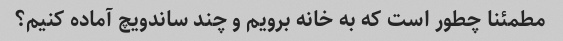
مطمئنا چطور است که به خانه برویم و چند ساندویچ آماده کنیم؟